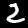
Label: 2